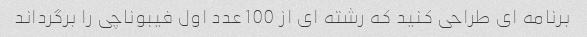
برنامه ای طراحی کنید که رشته ای از 100 عدد اول فیبوناچی را برگرداند